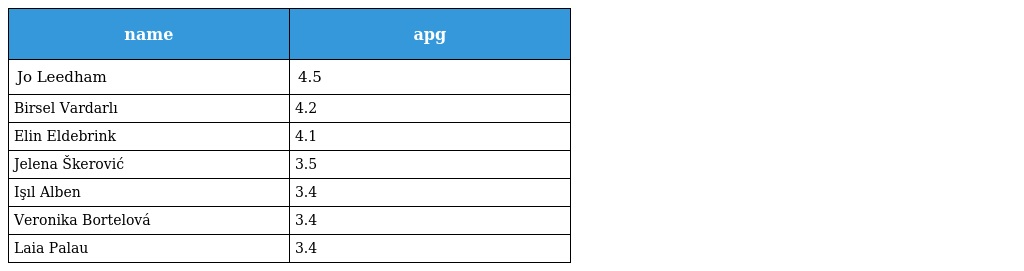
| name | apg |
 | --- | --- |
 | Jo Leedham | 4.5 |
 | Birsel Vardarlı | 4.2 |
 | Elin Eldebrink | 4.1 |
 | Jelena Škerović | 3.5 |
 | Işıl Alben | 3.4 |
 | Veronika Bortelová | 3.4 |
 | Laia Palau | 3.4 |